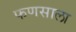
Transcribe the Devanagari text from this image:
फणसाला